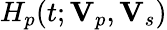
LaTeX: H_{p}(t;\mathbf{V}_{p},\mathbf{V}_{s})